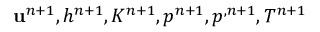
{ \mathbf u } ^ { n + 1 } , h ^ { n + 1 } , K ^ { n + 1 } , p ^ { n + 1 } , p ^ { , n + 1 } , T ^ { n + 1 }